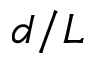
d / L